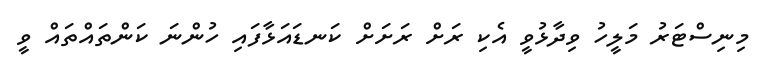
މިނިސްޓަރު މަލީހު ވިދާޅުވީ އެކި ރަށް ރަށަށް ކަނޑައަޅާފައި ހުންނަ ކަންތައްތައް ވީ